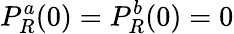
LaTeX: P_{R}^{a}(0)=P_{R}^{b}(0)=0